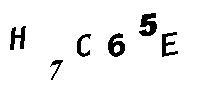
H7C65E